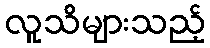
လူသိများသည့်